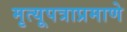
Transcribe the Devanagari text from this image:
मृत्यूपत्राप्रमाणे